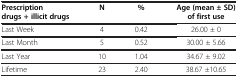
<table><thead><tr><td><b>Prescription drugs + illicit drugs</b></td><td><b>N</b></td><td><b>%</b></td><td><b>Age (mean ± SD) of first use</b></td></tr></thead><tbody><tr><td>Last Week</td><td>4</td><td>0.42</td><td>26.00 ± 0</td></tr><tr><td>Last Month</td><td>5</td><td>0.52</td><td>30.00 ± 5.66</td></tr><tr><td>Last Year</td><td>10</td><td>1.04</td><td>34.67 ± 9.02</td></tr><tr><td>Lifetime</td><td>23</td><td>2.40</td><td>38.67 ±10.65</td></tr></tbody></table>